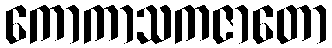
ကောကာသကဇာတော